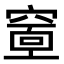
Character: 𥧘